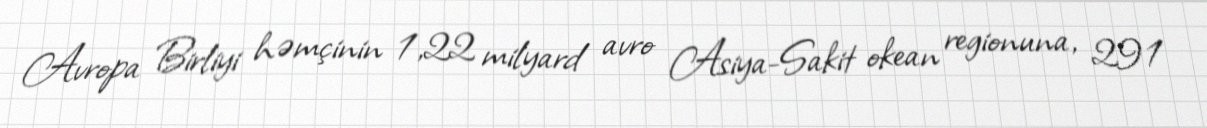
Avropa Birliyi həmçinin 1,22 milyard avro Asiya-Sakit okean regionuna, 291